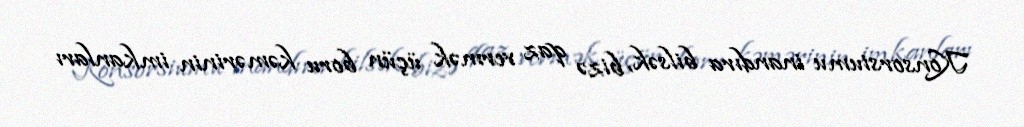
Konsorsiumu inandıra bilsək, bizə qaz vermək üçün boru kəmərinin imkanları